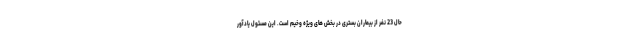
حال 23 نفر از بیماران بستری در بخش های ویژه وخیم است. این مسئول یادآور